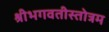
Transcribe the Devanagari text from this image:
श्रीभगवतीस्तोत्रम